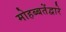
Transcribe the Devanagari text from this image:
मोहब्बतेंद्वारे